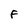
Character: F